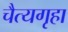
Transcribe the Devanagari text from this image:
चैत्यगृहा